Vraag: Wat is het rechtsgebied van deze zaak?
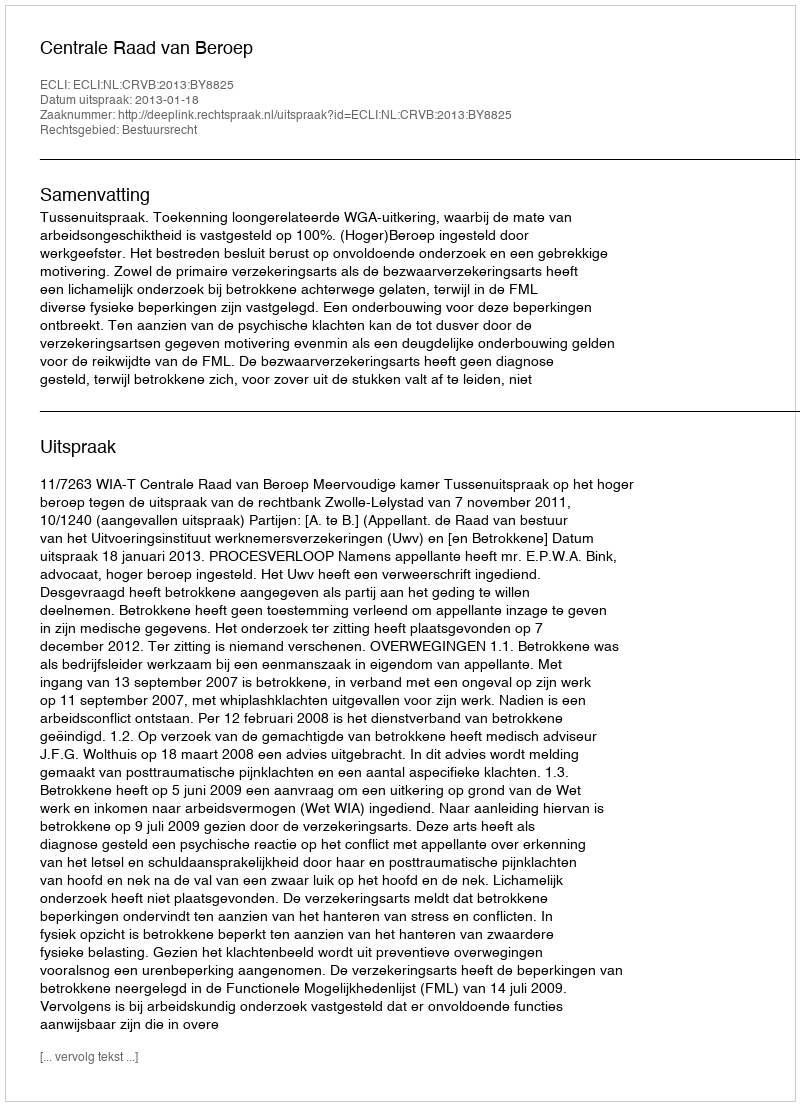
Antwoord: Bestuursrecht